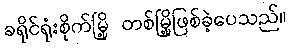
ခရိုင်ရုံးစိုက်မြို့ တစ်မြို့ဖြစ်ခဲ့ပေသည်။